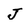
Character: J